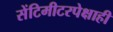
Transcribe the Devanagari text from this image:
सेंटिमीटरपेक्षाही